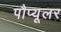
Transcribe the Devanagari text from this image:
पौप्यूलर